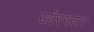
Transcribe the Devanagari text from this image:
खोरमशर